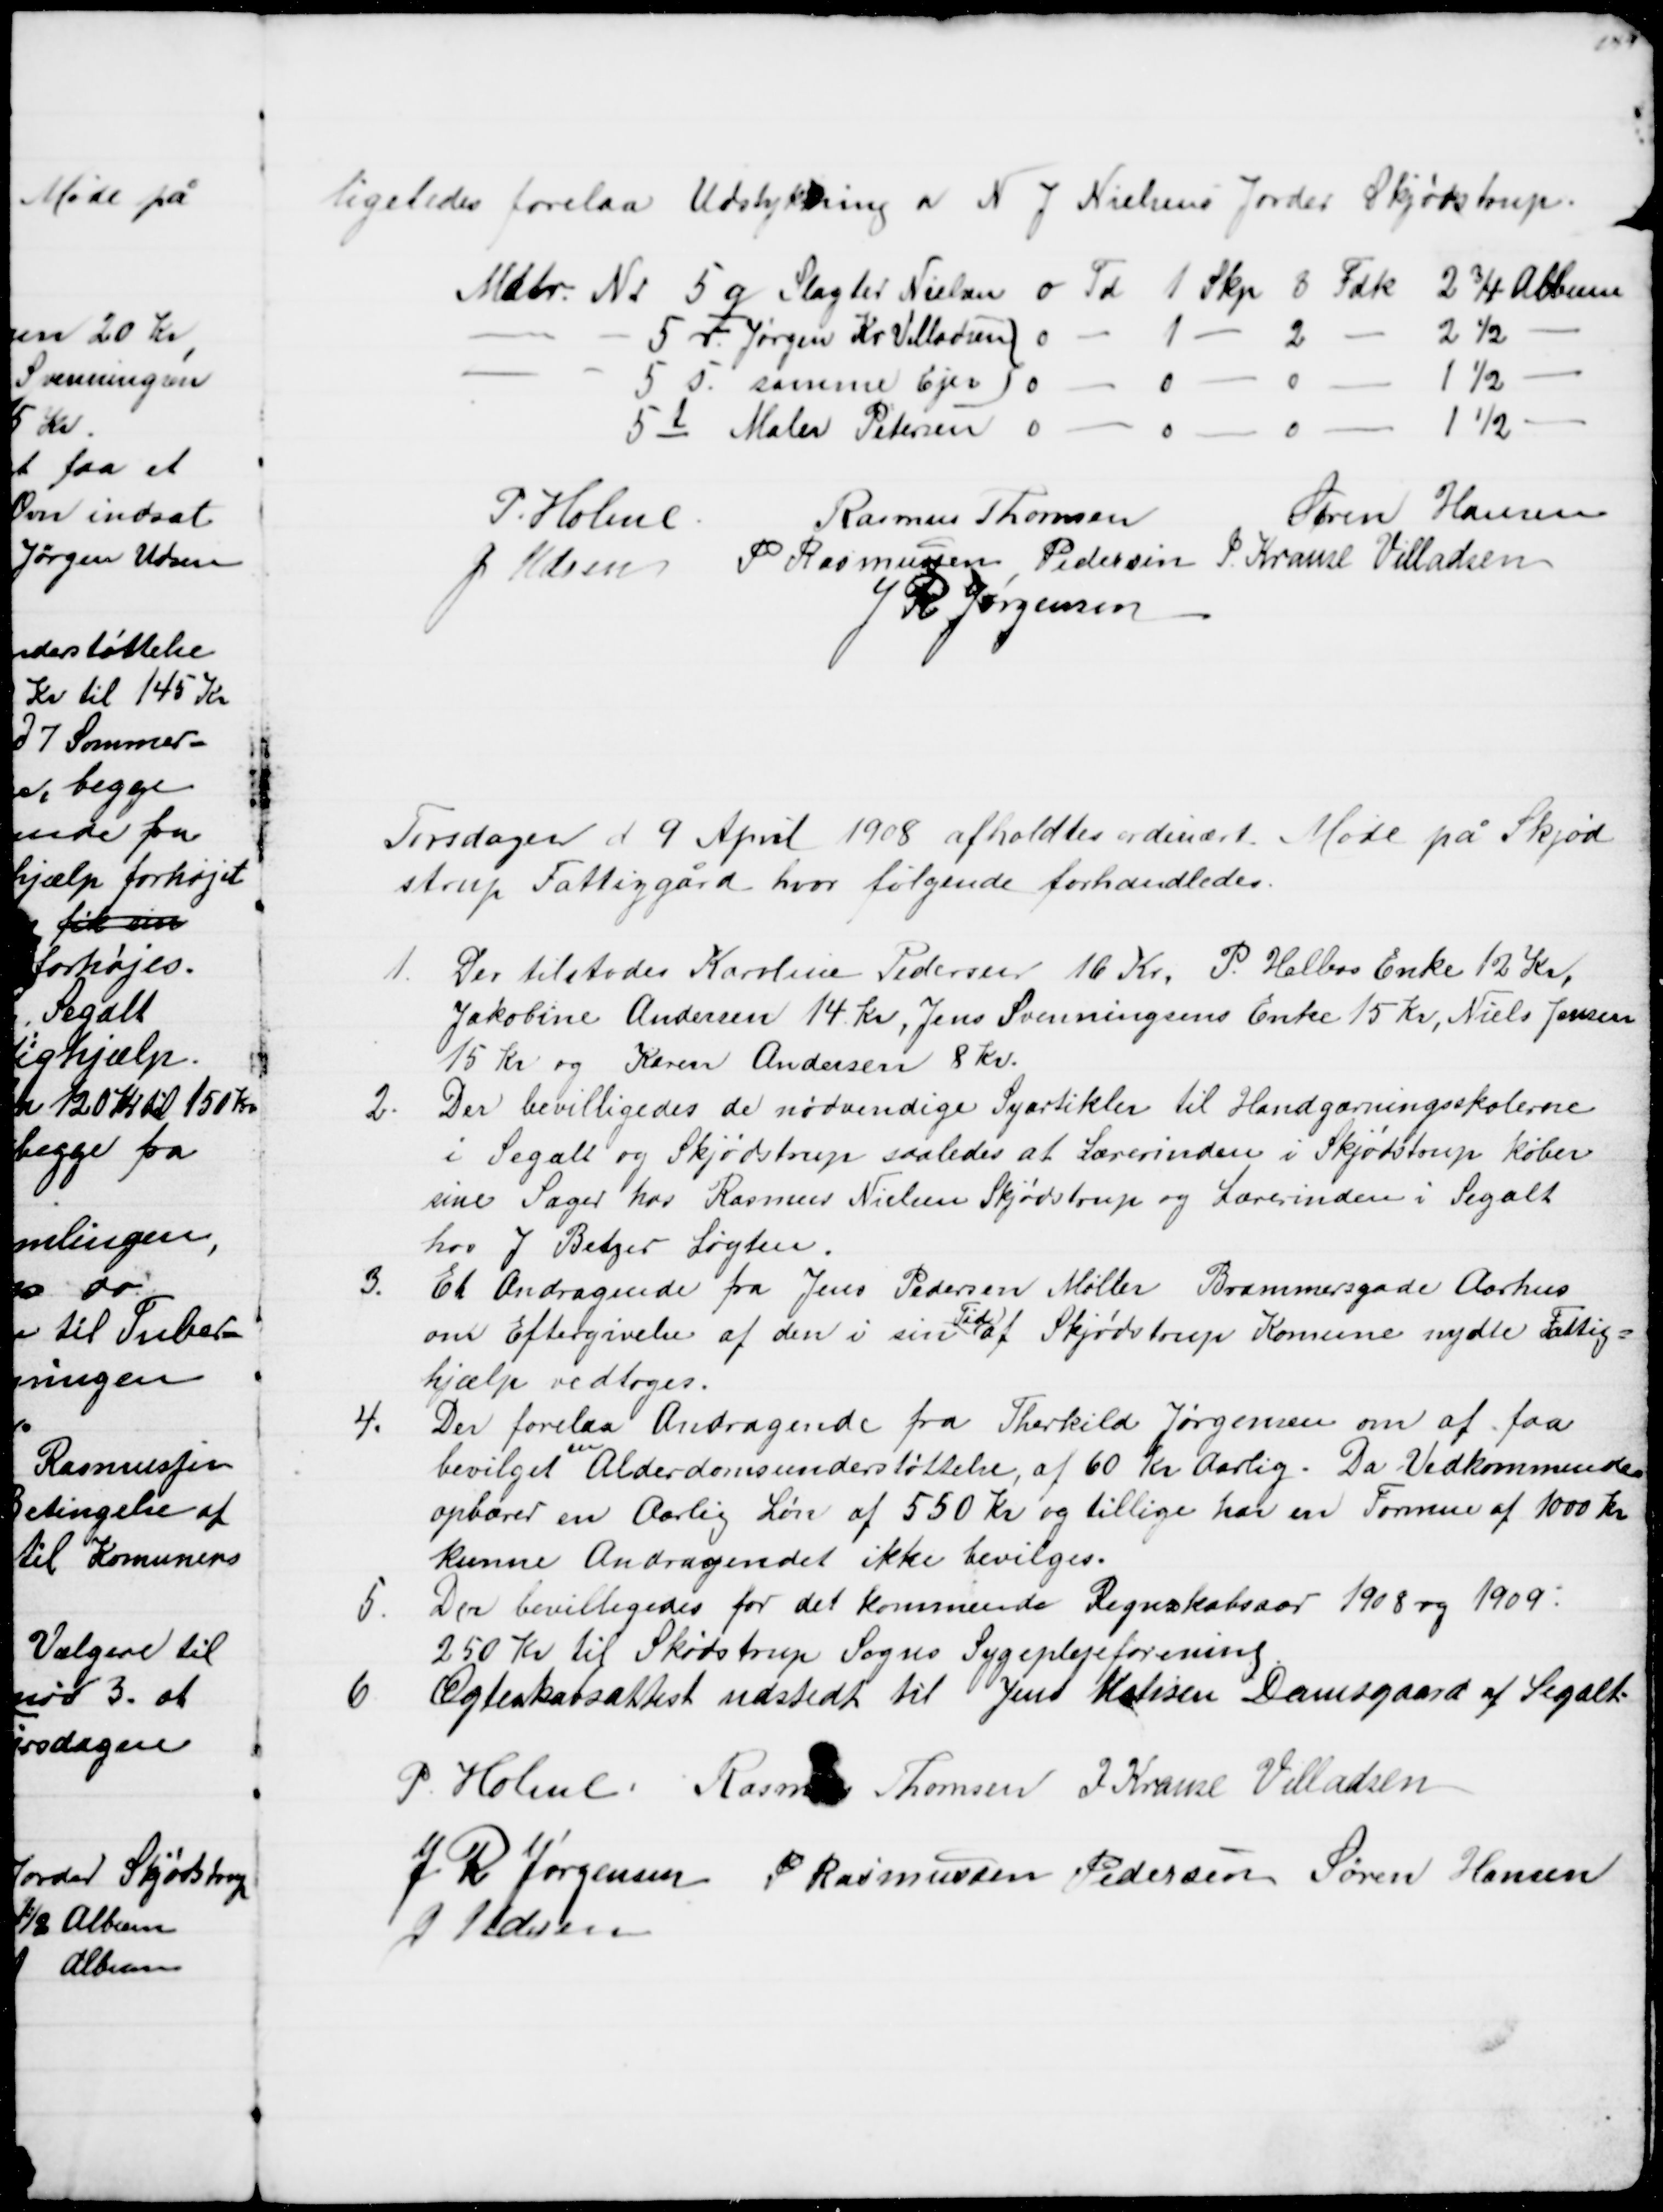
Transskription:
ligeledes forelaa Udstykning af N. J. Nielsens Jorder Skjødstrup.
Matr. Nr 5q Slagter Nielsen 0 Td 1 Skp 8 Fdk 2¾ Album
5 r Jørgen Kr. Villadsen 0 - 1 
2
2½
5 s samme Ejer 0
0
0
1½
5 t Maler Petersen 0
0
0
1½
P. Holme.
Rasmus Thomsen
Søren Hansen
J. Udsen P. Rasmussen Pedersen J. Krause Villadsen
 J R Jørgensen
Tirsdagen d. 9 April 1908 afholdtes ordinært Møde på Skjød
strup Fattiggård, hvor følgende forhandledes.
1.
Der tilstodes Karoline Pedersen 16 Kr. P. Helbos Enke 12 Kr.
Jakobine Andersen 14 Kr, Jens Svenningsens Enke 15 Kr, Niels Jensen
15 Kr og Karen Andersen 8 Kr.
2.
Der bevilligedes de nødvendige Syartikler til Handgærningsskolerne
i Segalt og Skjødstrup saaledes at Lærerinden i Skjødstrup køber
sine Sager hos Rasmus Nielsen Skjødstrup og Lærerinden i Segalt
hos J. Betzer Løgten.
3. 
Et Andragende fra Jens Pedersen Møller Brammersgade Aarhus
om Eftergivelse af den i sin 
Tid
af Skjødstrup Komune nydte Fattig=
hjælp vedtoges.
4.
Der forelaa Andragende fra Therkild Jørgensen om at faa
bevilget 
en
Alderdomsunderstøttelse af 60 Kr Aarlig. Da Vedkommende
opbærer en Aarlig Løn af 550 Kr og tillige har en Formue af 1000 Kr
kunne Andragendet ikke bevilges.
5.
Der bevilligedes for det kommende Regnskabsaar 1908 og 1909:
250 Kr til Skødstrup Sogns Sygeplejeforening.
6
Ægteskabsattest udstedt til Jens Matisen Damsgaard af Segalt.
P. Holme. Rasmus Thomsen J Krause Villadsen
J R Jørgensen P Rasmussen Pedersen Søren Hansen
J Udsen